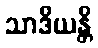
သာဒိယန္တိ